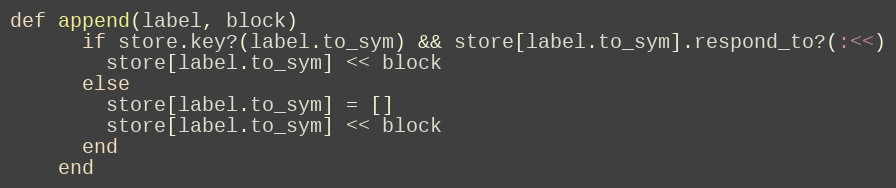
Language: Ruby
def append(label, block)
      if store.key?(label.to_sym) && store[label.to_sym].respond_to?(:<<)
        store[label.to_sym] << block
      else
        store[label.to_sym] = []
        store[label.to_sym] << block
      end
    end